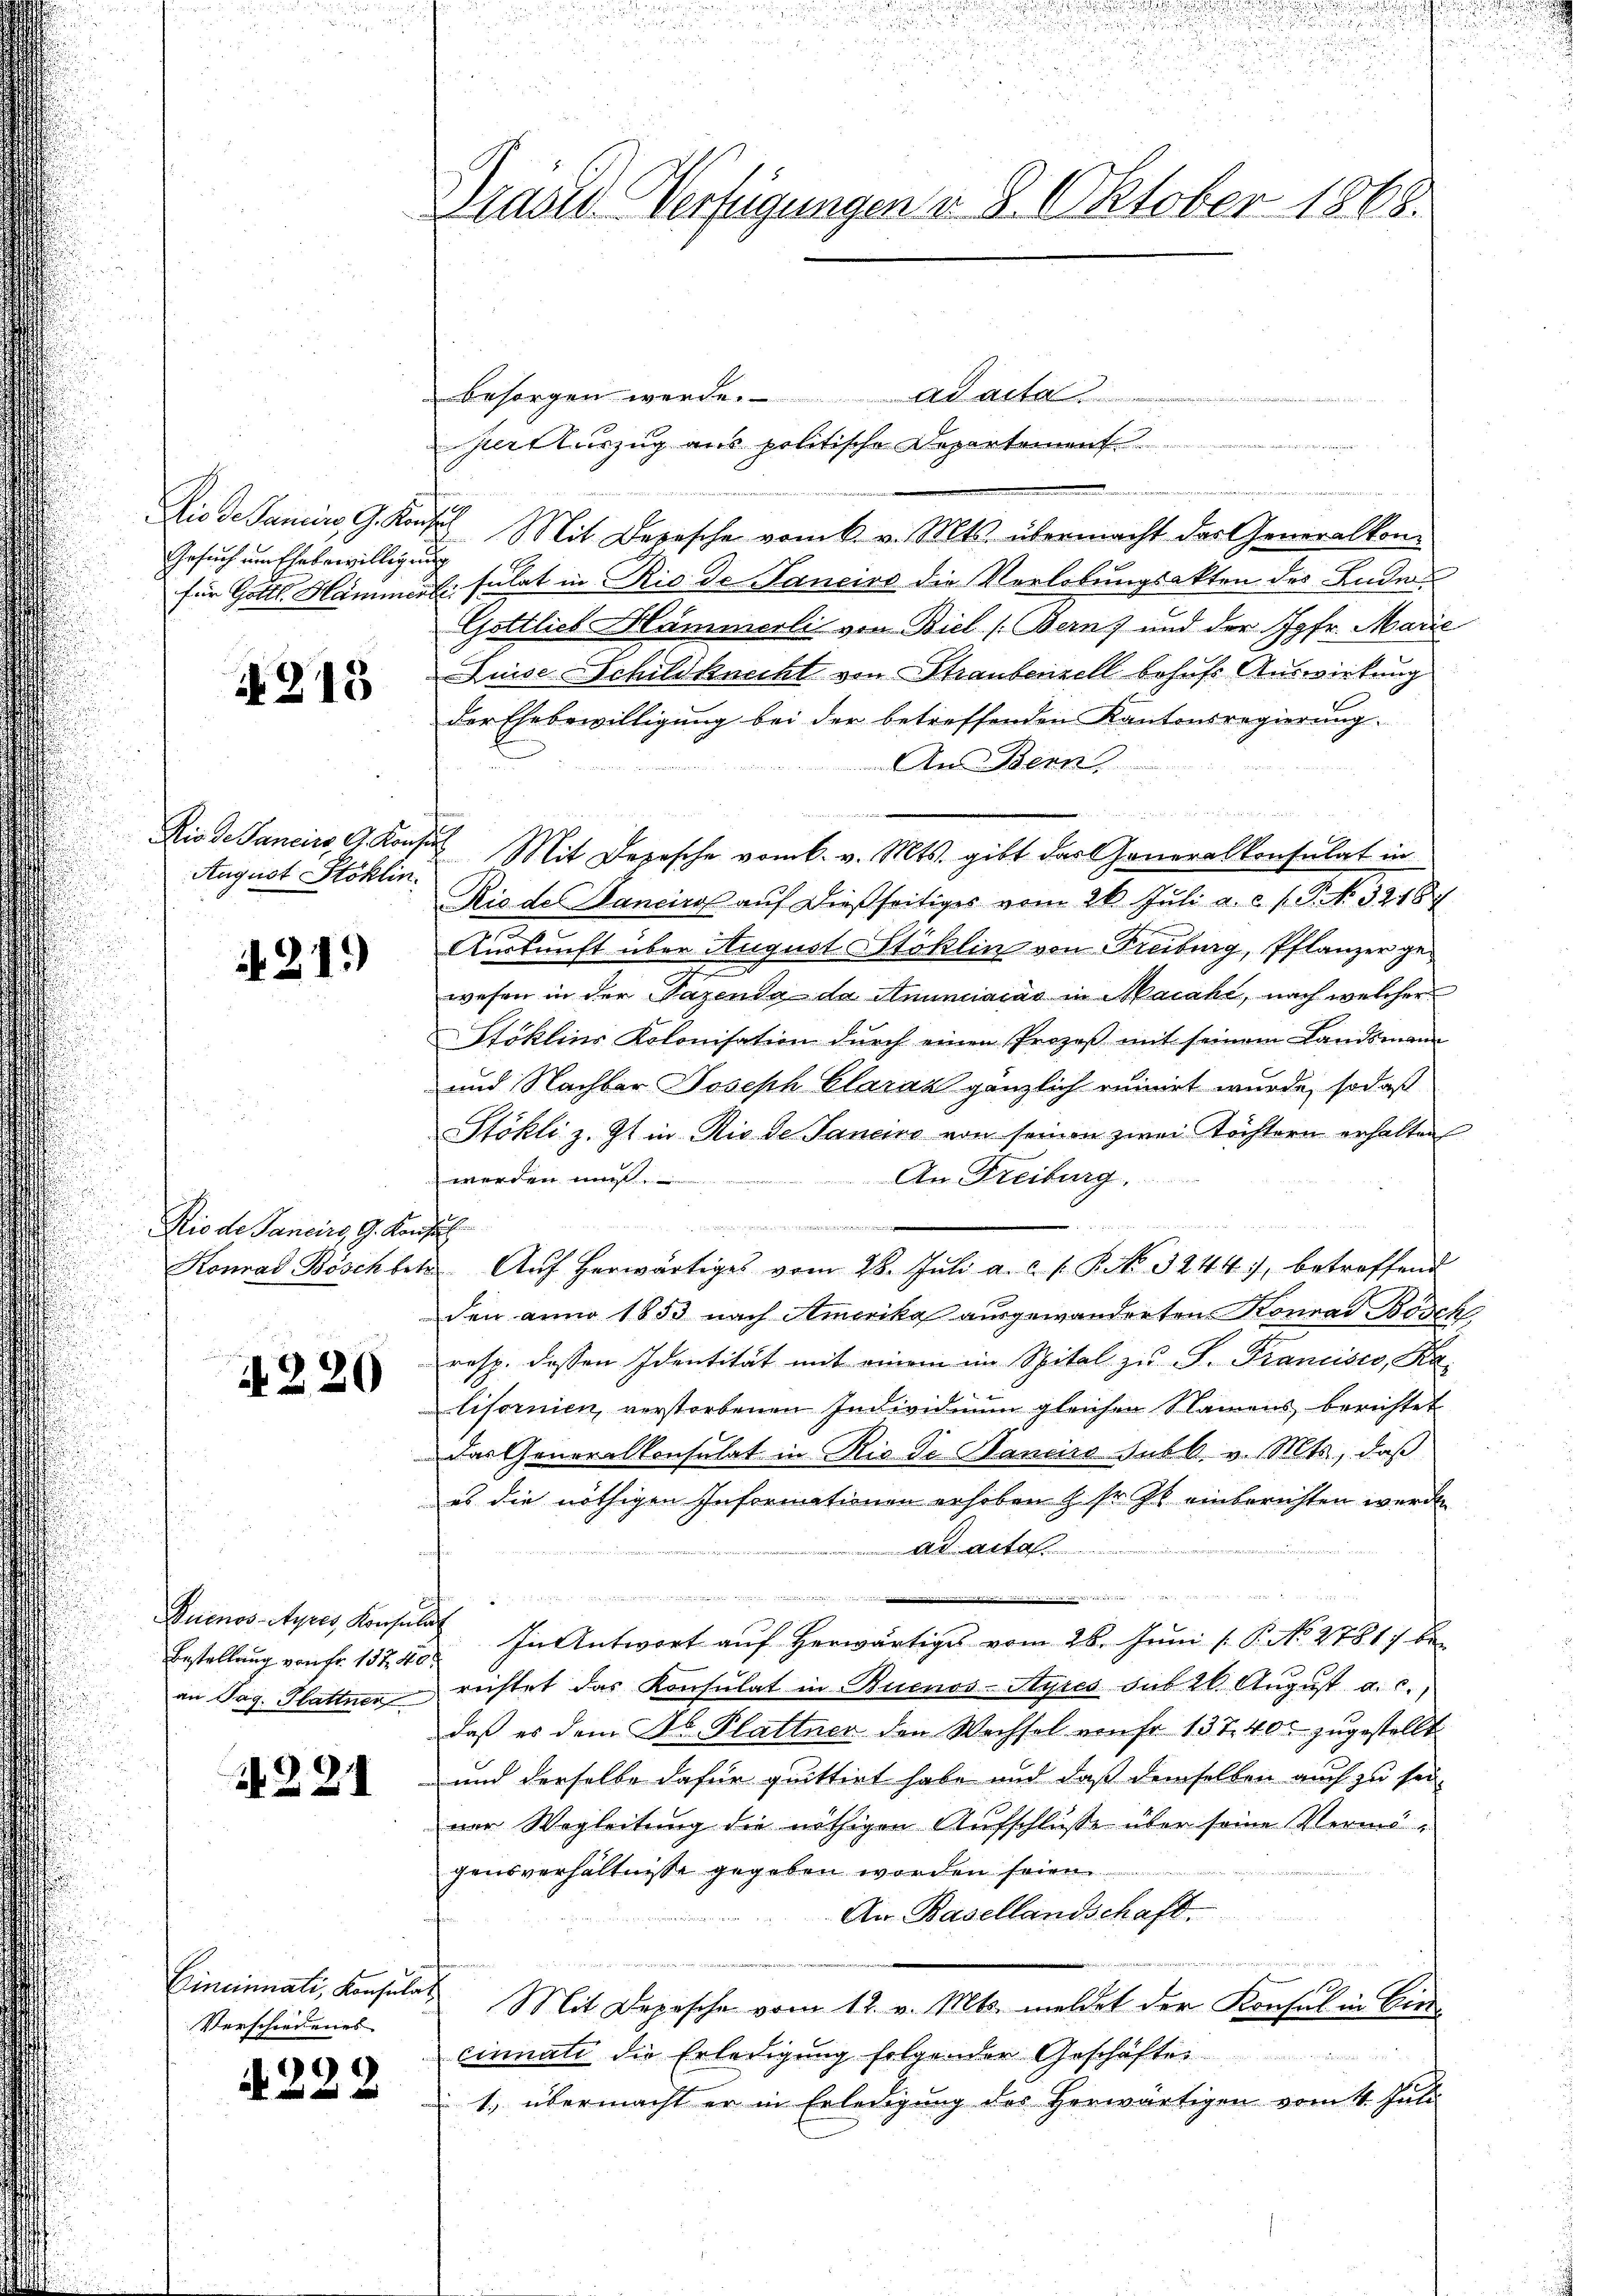
Die de Janein G. Konz
Gesuch um Ehebewilligung
für Gottl. Hammens

§215

Rio de Sancirs, G. Kons.
August Stoklin.

219

Rio de Pancirs, G. Kons.
Konrad Bösch betr.

N 220

Buenos-Ayres, Konsuls
Bestellung von Fr. 157. 40:
an Tag. Hattner

N 221

Cincinnati, Konsulat
Verschiedenes

222

Brüder Verfügungen v. 8. Oktober 1868.

f

n

d
u

besorgen werde. ad acta
pert auszug aus politische Depart
7
Mit Depesche vom 6. v. Mts. übermacht des Generalkon
fülat in Rio de Sancirs die Verlobungsakten des Lade
Gottlieb-Hämmerli von Biel (Bern) und der Jgfr. Marie
Linse Schildknecht von Straubenzell behufs Auswirkung
der Ehebewilligung bei der betreffenden Kantonsregierung.
An Benn
n
Mit Derische vom 6. v. Mts. gibt das Generalkonsulat in
Rio des Manciros auf dießseitiges vom 26. Juli a. c. f. P. N. 32187
Auskunft über August Stoklin von Freiburg, Pflanzer gewesen in der Pazenda da Anniacas in Macahi, nach welcher
Stoklins Kolonisation durch einen Prozeß mit seinem Landsmann
und Nachbar Joseph Claraz gänzlich ruinet wurde, sodaß
Stökli z. Zt. in Rio de Janeiro von seinen zwei Töchtern erhalten
An Freiburg.
sit
d
h
 Aŭf herwärtiges vom 28. Jŭli a. c. s. P. No. 3244), betreffend
den anno 1853 nach Amerika ausgewanderten Konrad Bösch
resp. dessen Identität mit einem im Spital zu S. Francisco, Ka-
lifornien, verstorbenen Individuum gleichen Namens berichtet
das Generalkonsulat in Rio de Janeiro subb. v. Mts., daß
es die nöthigen Informationen erhoben & sr. Zt. einberichten werden
Aat
e
innern einen
In Antwort auf herwärtiges vom 28. Juni ( P. No 27817 be
richtet das Konsulat in Buenos-Ayres das 20 August a. c.
daß es dem Ab. Plattner den Wechsel von fr. 137, 400 zugestellt
und derselbe dafür quittirt habe und daß demselben auch zu sei
ner Wegleitung die nöthigen Aufschlüsse über seine Vermögensverhältnisse gegeben worden seien
An Basellandschaft.
Mit Depesche vom 12. v. Mts. meldet der Konsul in Biercinnati die Erledigung folgender Geschäfte
1., übermacht er in Erledigung des Herwärtigen vom 4. Juli